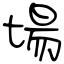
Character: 場